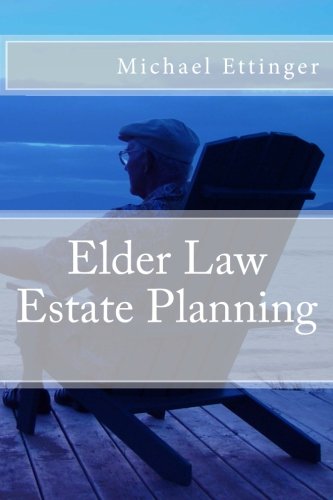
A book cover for Elder Law Estate Planning; Michael Ettinger; Law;